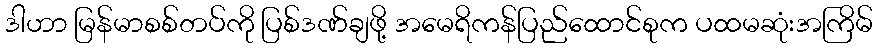
ဒါဟာ မြန်မာစစ်တပ်ကို ပြစ်ဒဏ်ချဖို့ အမေရိကန်ပြည်ထောင်စုက ပထမဆုံးအကြိမ်